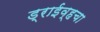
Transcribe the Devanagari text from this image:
ड्राईव्हचा